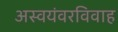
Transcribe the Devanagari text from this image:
अस्वयंवरविवाह